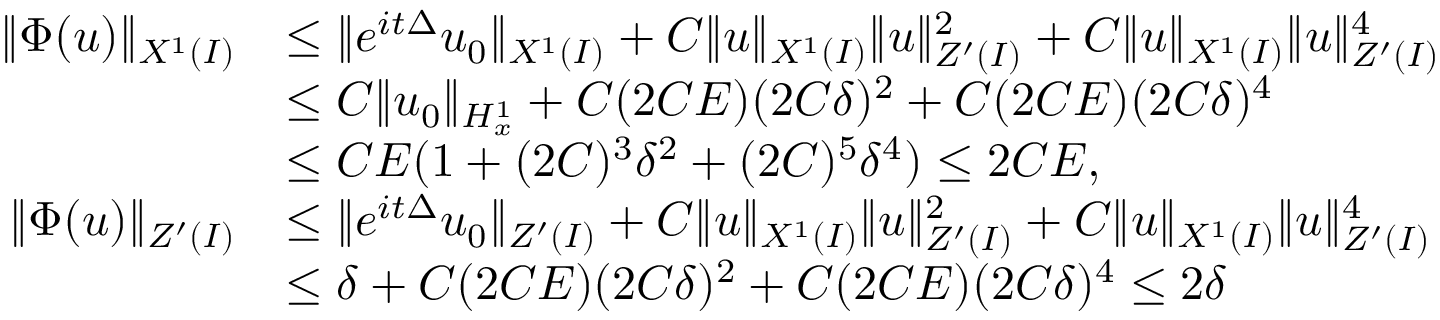
\begin{array} { r l } { \| \Phi ( u ) \| _ { X ^ { 1 } ( I ) } } & { \leq \| e ^ { i t \Delta } u _ { 0 } \| _ { X ^ { 1 } ( I ) } + C \| u \| _ { X ^ { 1 } ( I ) } \| u \| _ { Z ^ { \prime } ( I ) } ^ { 2 } + C \| u \| _ { X ^ { 1 } ( I ) } \| u \| _ { Z ^ { \prime } ( I ) } ^ { 4 } } \\ & { \leq C \| u _ { 0 } \| _ { H _ { x } ^ { 1 } } + C ( 2 C E ) ( 2 C \delta ) ^ { 2 } + C ( 2 C E ) ( 2 C \delta ) ^ { 4 } } \\ & { \leq C E ( 1 + ( 2 C ) ^ { 3 } \delta ^ { 2 } + ( 2 C ) ^ { 5 } \delta ^ { 4 } ) \leq 2 C E , } \\ { \| \Phi ( u ) \| _ { Z ^ { \prime } ( I ) } } & { \leq \| e ^ { i t \Delta } u _ { 0 } \| _ { Z ^ { \prime } ( I ) } + C \| u \| _ { X ^ { 1 } ( I ) } \| u \| _ { Z ^ { \prime } ( I ) } ^ { 2 } + C \| u \| _ { X ^ { 1 } ( I ) } \| u \| _ { Z ^ { \prime } ( I ) } ^ { 4 } } \\ & { \leq \delta + C ( 2 C E ) ( 2 C \delta ) ^ { 2 } + C ( 2 C E ) ( 2 C \delta ) ^ { 4 } \leq 2 \delta } \end{array}